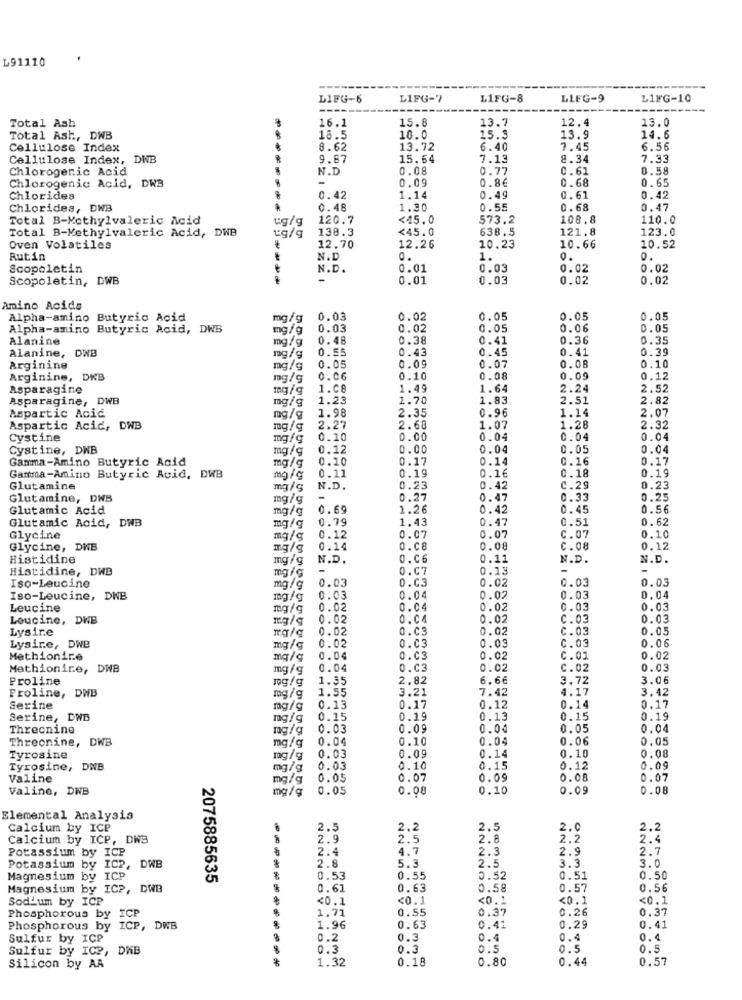
L91110
LIFG-6
L1FG-7
L1FG-8
LLEG-9
L1FG-10
----
16.1
15.8
13.7
12.4
13.0
Total Ash
Total Ash, DWB
18.5
10.0
15.3
13.9
14.6
Cellulose Index
8.62
13.72
6.40
7.45
6.56
Cellulose Index, DNB
9.87
15.64
7.13
8.34
7.33
Chlorogenic Acid
N.D
0.08
0.77
0.61
0.58
-
0.09
0.8€
0.68
0.65
Chlorogenic Acid, DW3
Chlorides
0.42
1.14
0.4g
0.61
0.42
Chlorides, DWB
0.48
1.30
0.55
0.68
0.47
Total B-Methylvaleric Acid
ug/g
120.7
<45.0
573.2
108.8
110.0
Total B-Methylvaleric Acid, DWB
138.3
<45.0
638.5
121.8
123.0
Oven Volatiles
12.70
12.26
10.23
10.66
10.52
Rutin
N.D
1.
0.
0.
Scopoletin
N.D.
0.01
0.03
0.02
0.02
Scopoletin, DWB
-
0.01
0.03
0.02
0.02
Amino Acids
Alpha-amino Butyric Acid
mg/g
0.03
0.02
0.05
0.05
0.05
Alpha-amino Butyric Acid, DWB
mg/g
0.03
0.02
0.05
0.06
0.05
Alanine
mg/g
0.48
0.38
0.41
0.36
0.35
Alanine, DWB
0.55
0.43
0.45
0.41
0.39
mg/g
0.09
0.08
0.10
Arginine
mg/g
0.05
0.07
Arginine, DRB
mg/g
0.06
0.10
0.08
0.09
0.12
Asparagine
1.08
1.49
1.64
2.24
2.52
Asparagine, DWB
mg/g
1.23
1.70
1.83
2.51
2.82
1.98
2.35
0.96
1.14
Aspartic Acid
mg/g
2.07
Aspartic Acid, DWB
mg/g
2.27
2.68
1.07
1.28
2.32
Cystine
mg/g
0.10
0.00
0.04
0.04
0.04
Cystine, DWB
mg/g
0.12
0.00
0.04
0.05
0.04
Gamma-Amino Butyric Acid
0.10
0.17
0.14
0.16
0.17
mg/g
0.11
0.19
0.1€
0.18
0.19
Gamma-Amino Butyric Acid, DWB
mg/g
Glutamine
mg/S
N.D.
0.23
0.42
C.29
0.23
Glutamine, DWB
mg/g
-
0.27
0.47
0.33
0.25
Glutamic Acid
mg/g
0.69
1.26
0.42
0.45
0.56
Glutamic Acid, DWB
0.79
1.43
0.51
0.62
mg/g
0.47
Glycine
mg/g
0.12
0.07
0.07
C.07
0.10
Glycine, DNB
mg/g
0.14
O.c8
0.08
C.08
0.12
Histidine
mg/g
N.D.
0.06
0.11
N.D.
N.D.
Histidine, DWB
mg/g
-
O.C7
0.13
-
-
Iso-Leucine
0.03
0.02
0.03
mg/g
0.03
0.04
0.03
Iso-Leucine, DWB
mg/g
0.03
0.02
0.03
0.04
Leucine
mg/g
0.02
0.04
0.02
0.03
0.03
Loucine, DWB
mg/g
0.02
0.04
0.02
C.03
0.03
Lysire
0.02
0.C3
0.02
C.03
0.05
Lysire, DWB
0.06
mg/g
0.02
0.03
0.03
0.03
Methionire
0.04
0.03
0.02
C.01
0.02
Methionine, DWB
mg/g
0.04
0.03
0.02
C. 02
0.03
Proline
mg/g
1.35
2.82
6.66
3.72
3.06
Proline, DWB
1.55
3.21
4.17
3.42
mg/g
7.42
Serine
mg/g
0.13
0.17
0.12
0.14
0.17
Serine, DWB
mg/g
0.15
0.19
0.13
0.15
0.19
Threonine
mg/g
0.03
0.00
0.04
0.05
0.04
Threonine, DWB
mg/g
0.04
0.10
0.04
0.06
0.05
0.09
0.14
0.10
0.08
Tyrosine
mg/g
0.03
Tyrosine, D
mg/g
0.03
0.10
0.15
0.12
0.09
Valine
mg/g
0.05
0.07
0.09
0.08
0.07
Valine, DWB
mg/g 0.05
0.08
0.10
0.09
0.08
Elemental Analysis
Calcium by ICP
2.5
2.2
2.5
2.0
2.2
Calcium by ICP, DWB
2.9
2.5
2.8
2.2
2.4
2.4
4.7
2.3
2.9
2.7
Potassium by ICP
DWB
3.3
3.0
Potassium by ICP,
2.8
5.3
2.5
Magnesium by ICP
2075885635
-----
0.53
0.55
0.52
0.51
0.50
Magnesium by ICP, DWB
0.61
0.63
0.58
0.57
0.56
Sodium by ICP
<0.1
<0.1
<0. 1
<0.1
<0.1
1.71
0.55
0.26
0.37
Phosphorous by
ICP
0.37
Phosphorous by ICP,
DWB
1.96
0.63
0.41
0.29
0.41
Sulfur by ICP
0.2
0.3
0.4
0.4
0.4
Sulfur by ICP, DNB
0.3
0.3
0.5
0.5
0.5
1.32
0.18
0.80
0.44
0.57
Silicon by AA